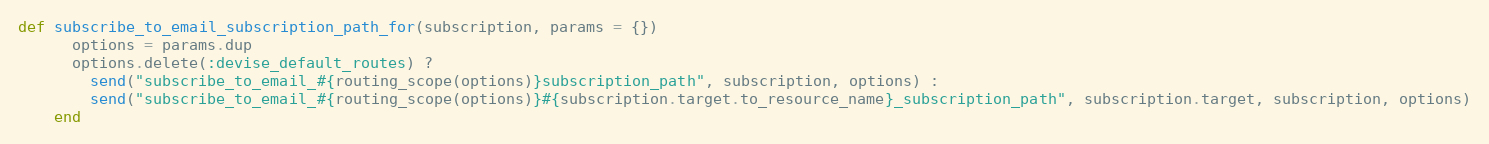
Language: Ruby
def subscribe_to_email_subscription_path_for(subscription, params = {})
      options = params.dup
      options.delete(:devise_default_routes) ?
        send("subscribe_to_email_#{routing_scope(options)}subscription_path", subscription, options) :
        send("subscribe_to_email_#{routing_scope(options)}#{subscription.target.to_resource_name}_subscription_path", subscription.target, subscription, options)
    end